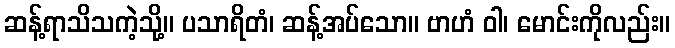
ဆန့်ရာသိသကဲ့သို့။ ပသာရိတံ၊ ဆန့်အပ်သော။ ဗာဟံ ဝါ၊ မောင်းကိုလည်း။